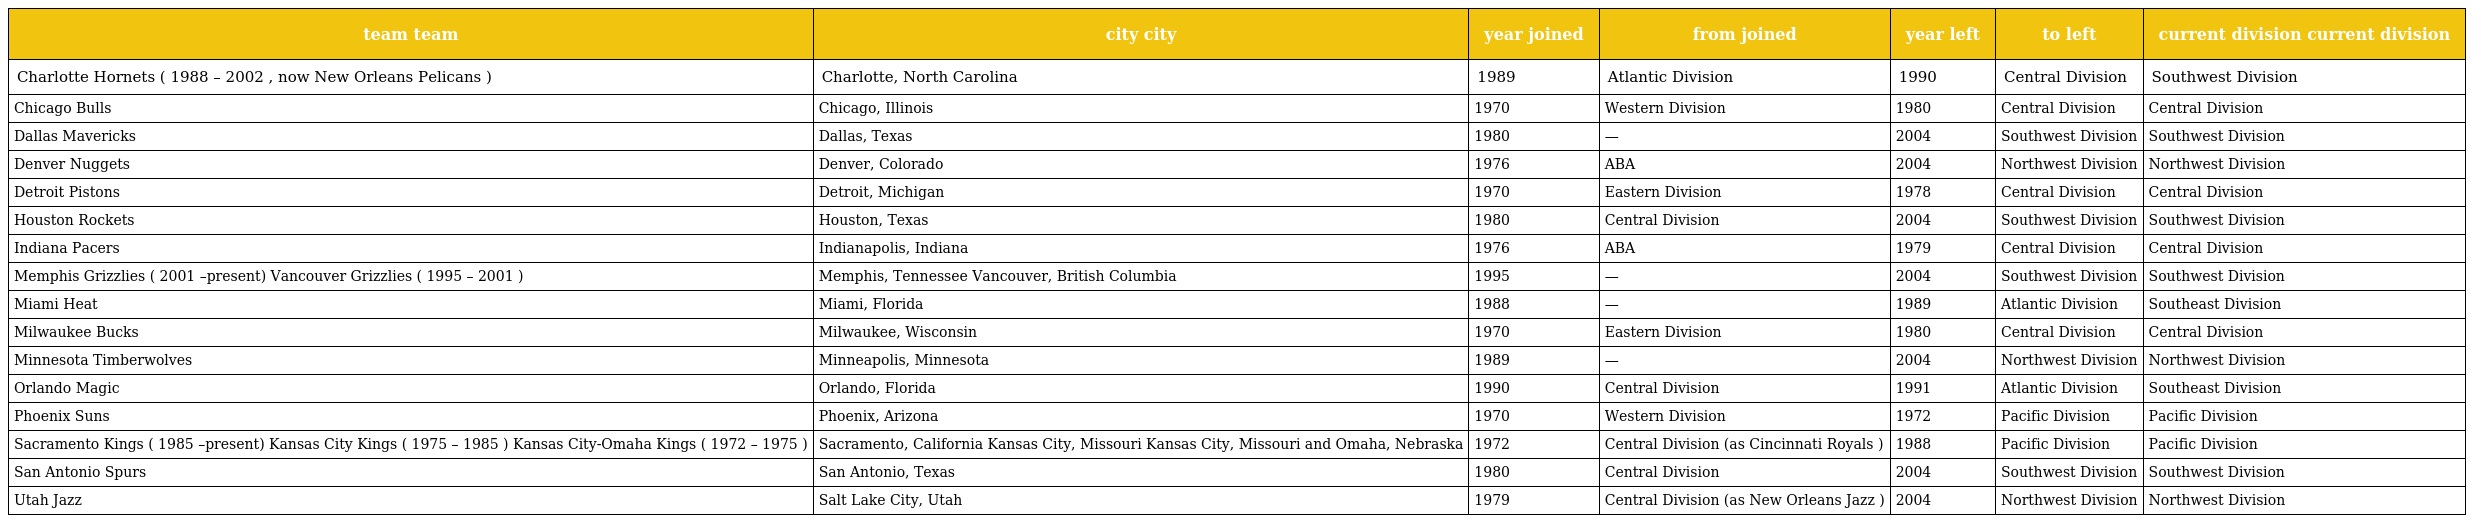
| team team | city city | year joined | from joined | year left | to left | current division current division |
 | --- | --- | --- | --- | --- | --- | --- |
 | Charlotte Hornets ( 1988 – 2002 , now New Orleans Pelicans ) | Charlotte, North Carolina | 1989 | Atlantic Division | 1990 | Central Division | Southwest Division |
 | Chicago Bulls | Chicago, Illinois | 1970 | Western Division | 1980 | Central Division | Central Division |
 | Dallas Mavericks | Dallas, Texas | 1980 | — | 2004 | Southwest Division | Southwest Division |
 | Denver Nuggets | Denver, Colorado | 1976 | ABA | 2004 | Northwest Division | Northwest Division |
 | Detroit Pistons | Detroit, Michigan | 1970 | Eastern Division | 1978 | Central Division | Central Division |
 | Houston Rockets | Houston, Texas | 1980 | Central Division | 2004 | Southwest Division | Southwest Division |
 | Indiana Pacers | Indianapolis, Indiana | 1976 | ABA | 1979 | Central Division | Central Division |
 | Memphis Grizzlies ( 2001 –present) Vancouver Grizzlies ( 1995 – 2001 ) | Memphis, Tennessee Vancouver, British Columbia | 1995 | — | 2004 | Southwest Division | Southwest Division |
 | Miami Heat | Miami, Florida | 1988 | — | 1989 | Atlantic Division | Southeast Division |
 | Milwaukee Bucks | Milwaukee, Wisconsin | 1970 | Eastern Division | 1980 | Central Division | Central Division |
 | Minnesota Timberwolves | Minneapolis, Minnesota | 1989 | — | 2004 | Northwest Division | Northwest Division |
 | Orlando Magic | Orlando, Florida | 1990 | Central Division | 1991 | Atlantic Division | Southeast Division |
 | Phoenix Suns | Phoenix, Arizona | 1970 | Western Division | 1972 | Pacific Division | Pacific Division |
 | Sacramento Kings ( 1985 –present) Kansas City Kings ( 1975 – 1985 ) Kansas City-Omaha Kings ( 1972 – 1975 ) | Sacramento, California Kansas City, Missouri Kansas City, Missouri and Omaha, Nebraska | 1972 | Central Division (as Cincinnati Royals ) | 1988 | Pacific Division | Pacific Division |
 | San Antonio Spurs | San Antonio, Texas | 1980 | Central Division | 2004 | Southwest Division | Southwest Division |
 | Utah Jazz | Salt Lake City, Utah | 1979 | Central Division (as New Orleans Jazz ) | 2004 | Northwest Division | Northwest Division |